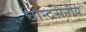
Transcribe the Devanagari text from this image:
चान्द्रसेनीय